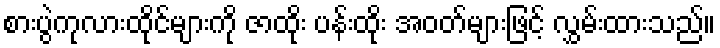
စားပွဲကုလားထိုင်များကို ဇာထိုး ပန်းထိုး အဝတ်များဖြင့် လွှမ်းထားသည်။